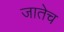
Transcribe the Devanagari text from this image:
जातेच